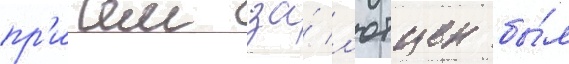
пр'ичем за́ л'ютцен бы́л